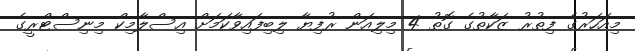
މިއަހަރުގެ ފިތުރު ޒަކާތުގެ ގޮތު 4 މިލިއަން ރުފިޔާ ލިބިފައިވާކަމަށް އިސްލާމިކް މިނިސްޓްރީގެ